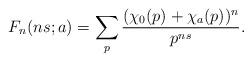
LaTeX: \begin{align*}F_n(ns; a)=\sum_p \frac{(\chi_0(p)+\chi_a(p))^n}{p^{ns}}.\end{align*}